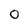
Character: 0